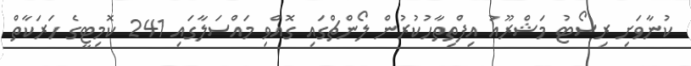
ކުނާވަށި ރިސޯޓު މަޝްރޫއު އިފްތިތާހުކުރުން ލޯންޗްގައި ގޮއްވި މައްސަލާގައި 241 ކޮމިޓީގެ ހަރަކާތް